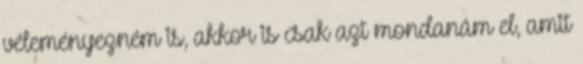
véleményezném is, akkor is csak azt mondanám el, amit